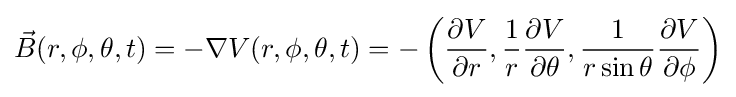
{\vec {B}}(r,\phi ,\theta ,t)=-\nabla V(r,\phi ,\theta ,t)=-\left({\dfrac {\partial V}{\partial r}},{\dfrac {1}{r}}{\dfrac {\partial V}{\partial \theta }},{\dfrac {1}{r\sin \theta }}{\dfrac {\partial V}{\partial \phi }}\right)